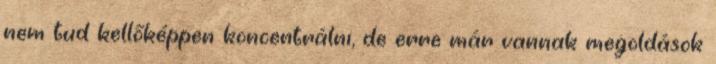
nem tud kellőképpen koncentrálni, de erre már vannak megoldások